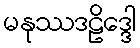
မနုဿဒဠိဒ္ဒေါ